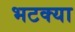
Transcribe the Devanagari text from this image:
भटक्‍या